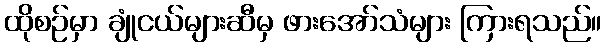
ထိုစဉ်မှာ ချုံငယ်များဆီမှ ဖားအော်သံများ ကြားရသည်။